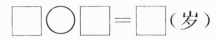
$$\Box \circ \Box = \Box(岁)$$